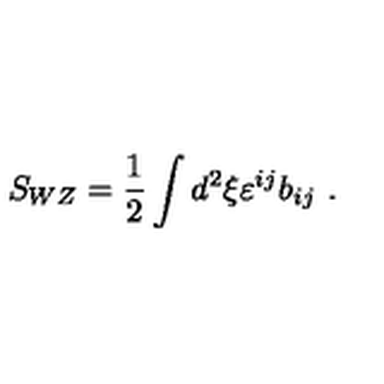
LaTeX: S _ { W Z } = { \frac { 1 } { 2 } } \int d ^ { 2 } \xi \varepsilon ^ { i j } b _ { i j } \ .